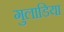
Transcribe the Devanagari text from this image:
गुलाडिया